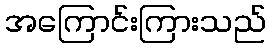
အကြောင်းကြားသည်